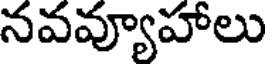
నవవ్యూహాలు